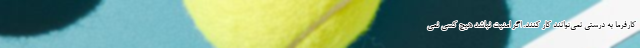
کارفرما به درستی نمی‌توانند کار کنند. اگر امنیت نباشد هیچ کسی نمی